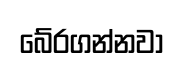
බේරගන්නවා